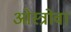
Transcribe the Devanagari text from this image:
ओस्त्रोवा